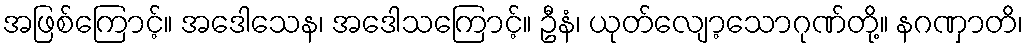
အဖြစ်ကြောင့်။ အဒေါသေန၊ အဒေါသကြောင့်။ ဦနံ၊ ယုတ်လျော့သောဂုဏ်တို့။ နဂဏှာတိ၊